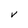
Character: V